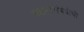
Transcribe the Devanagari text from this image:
घटनांसंबंधीची